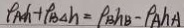
P _ { A } h + \rho _ { B \Delta h } = P _ { B h B } - \rho _ { A } h A